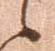
候